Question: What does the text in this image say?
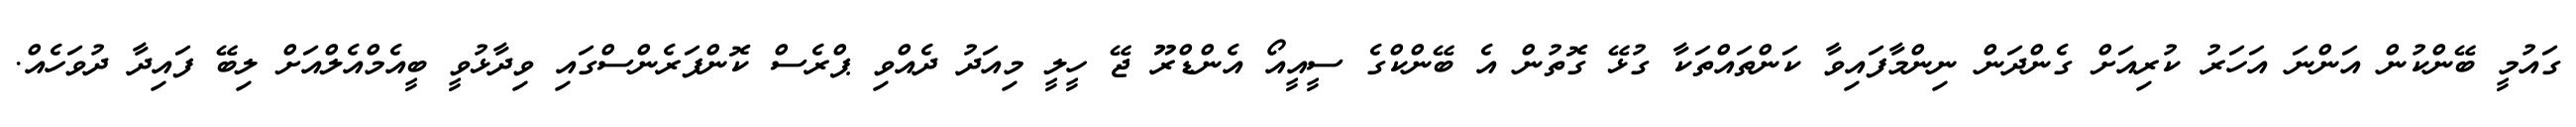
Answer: ގައުމީ ބޭންކުން އަންނަ އަހަރު ކުރިއަށް ގެންދަން ނިންމާފައިވާ ކަންތައްތަކާ ގުޅޭ ގޮތުން އެ ބޭންކްގެ ސީއީއޯ އެންޑްރޫ ޖޭ ހީލީ މިއަދު ދެއްވި ޕްރެސް ކޮންފަރެންސްގައި ވިދާޅުވީ ބީއެމްއެލްއަށް ލިބޭ ފައިދާ ދުވަހެއް.